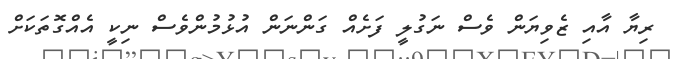
ރިޔާ އާއި ޒެވިޔަން ވެސް ނަގުލީ ފަށެއް ގަންނަން އުޅުމުންވެސް ނިކީ އެއްގޮތަކަށް